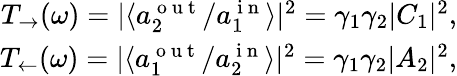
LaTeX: \begin{array}{r}{T_{\rightarrow}(\omega)=|\langle a_{2}^{\mathrm{~o~u~t~}}/a_{1}^{\mathrm{~i~n~}}\rangle|^{2}=\gamma_{1}\gamma_{2}|C_{1}|^{2},}\\ {T_{\leftarrow}(\omega)=|\langle a_{1}^{\mathrm{~o~u~t~}}/a_{2}^{\mathrm{~i~n~}}\rangle|^{2}=\gamma_{1}\gamma_{2}|A_{2}|^{2},}\end{array}